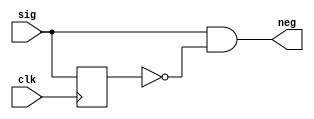
`timescale 1ns / 1ps
//////////////////////////////////////////////////////////////////////////////////
// Company: 
// Engineer: 
// 
// Design Name: 
// Module Name: edge_detector
// Project Name: 
// Target Devices: 
// Tool Versions: 
// Description: 
// 
// Dependencies: 
// 
// Revision:
// Revision 0.01 - File Created
// Additional Comments:
// 
//////////////////////////////////////////////////////////////////////////////////


module edge_detector(
    input sig,
    input clk,
    output neg
    );
    
    reg delay;
    
    always @(posedge clk)
    begin
        delay <= sig;
    end
    
    assign neg = sig & ~delay;
    
endmodule